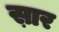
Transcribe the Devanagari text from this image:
स़ार